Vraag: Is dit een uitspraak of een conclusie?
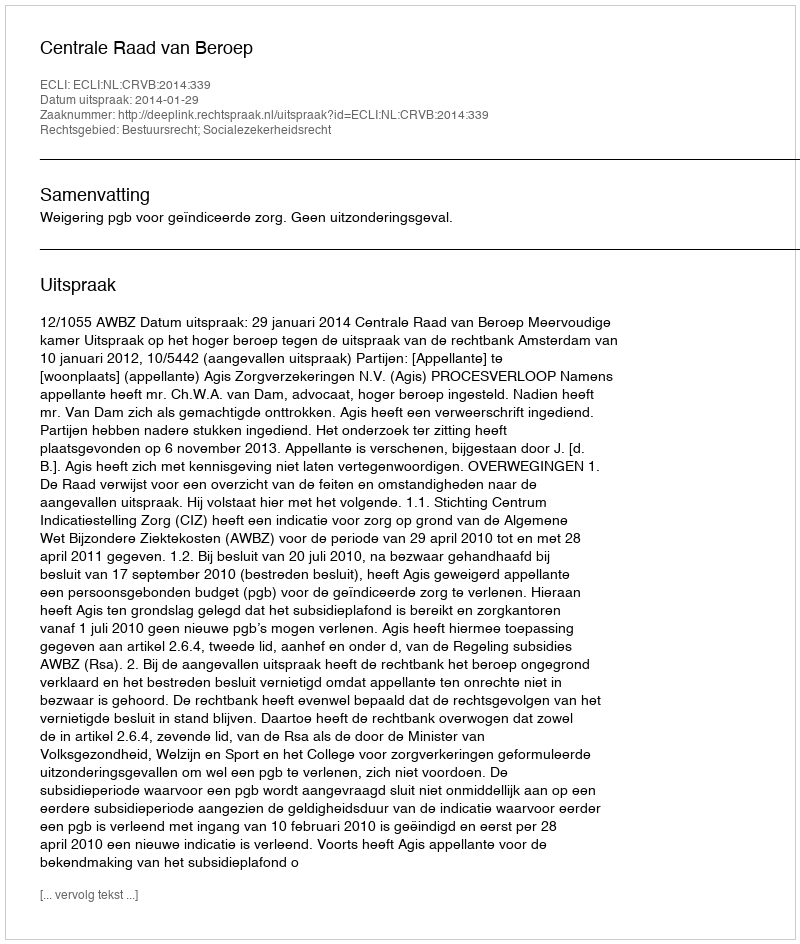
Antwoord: Uitspraak